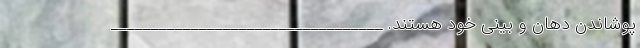
پوشاندن دهان و بینی خود هستند. __________________________________